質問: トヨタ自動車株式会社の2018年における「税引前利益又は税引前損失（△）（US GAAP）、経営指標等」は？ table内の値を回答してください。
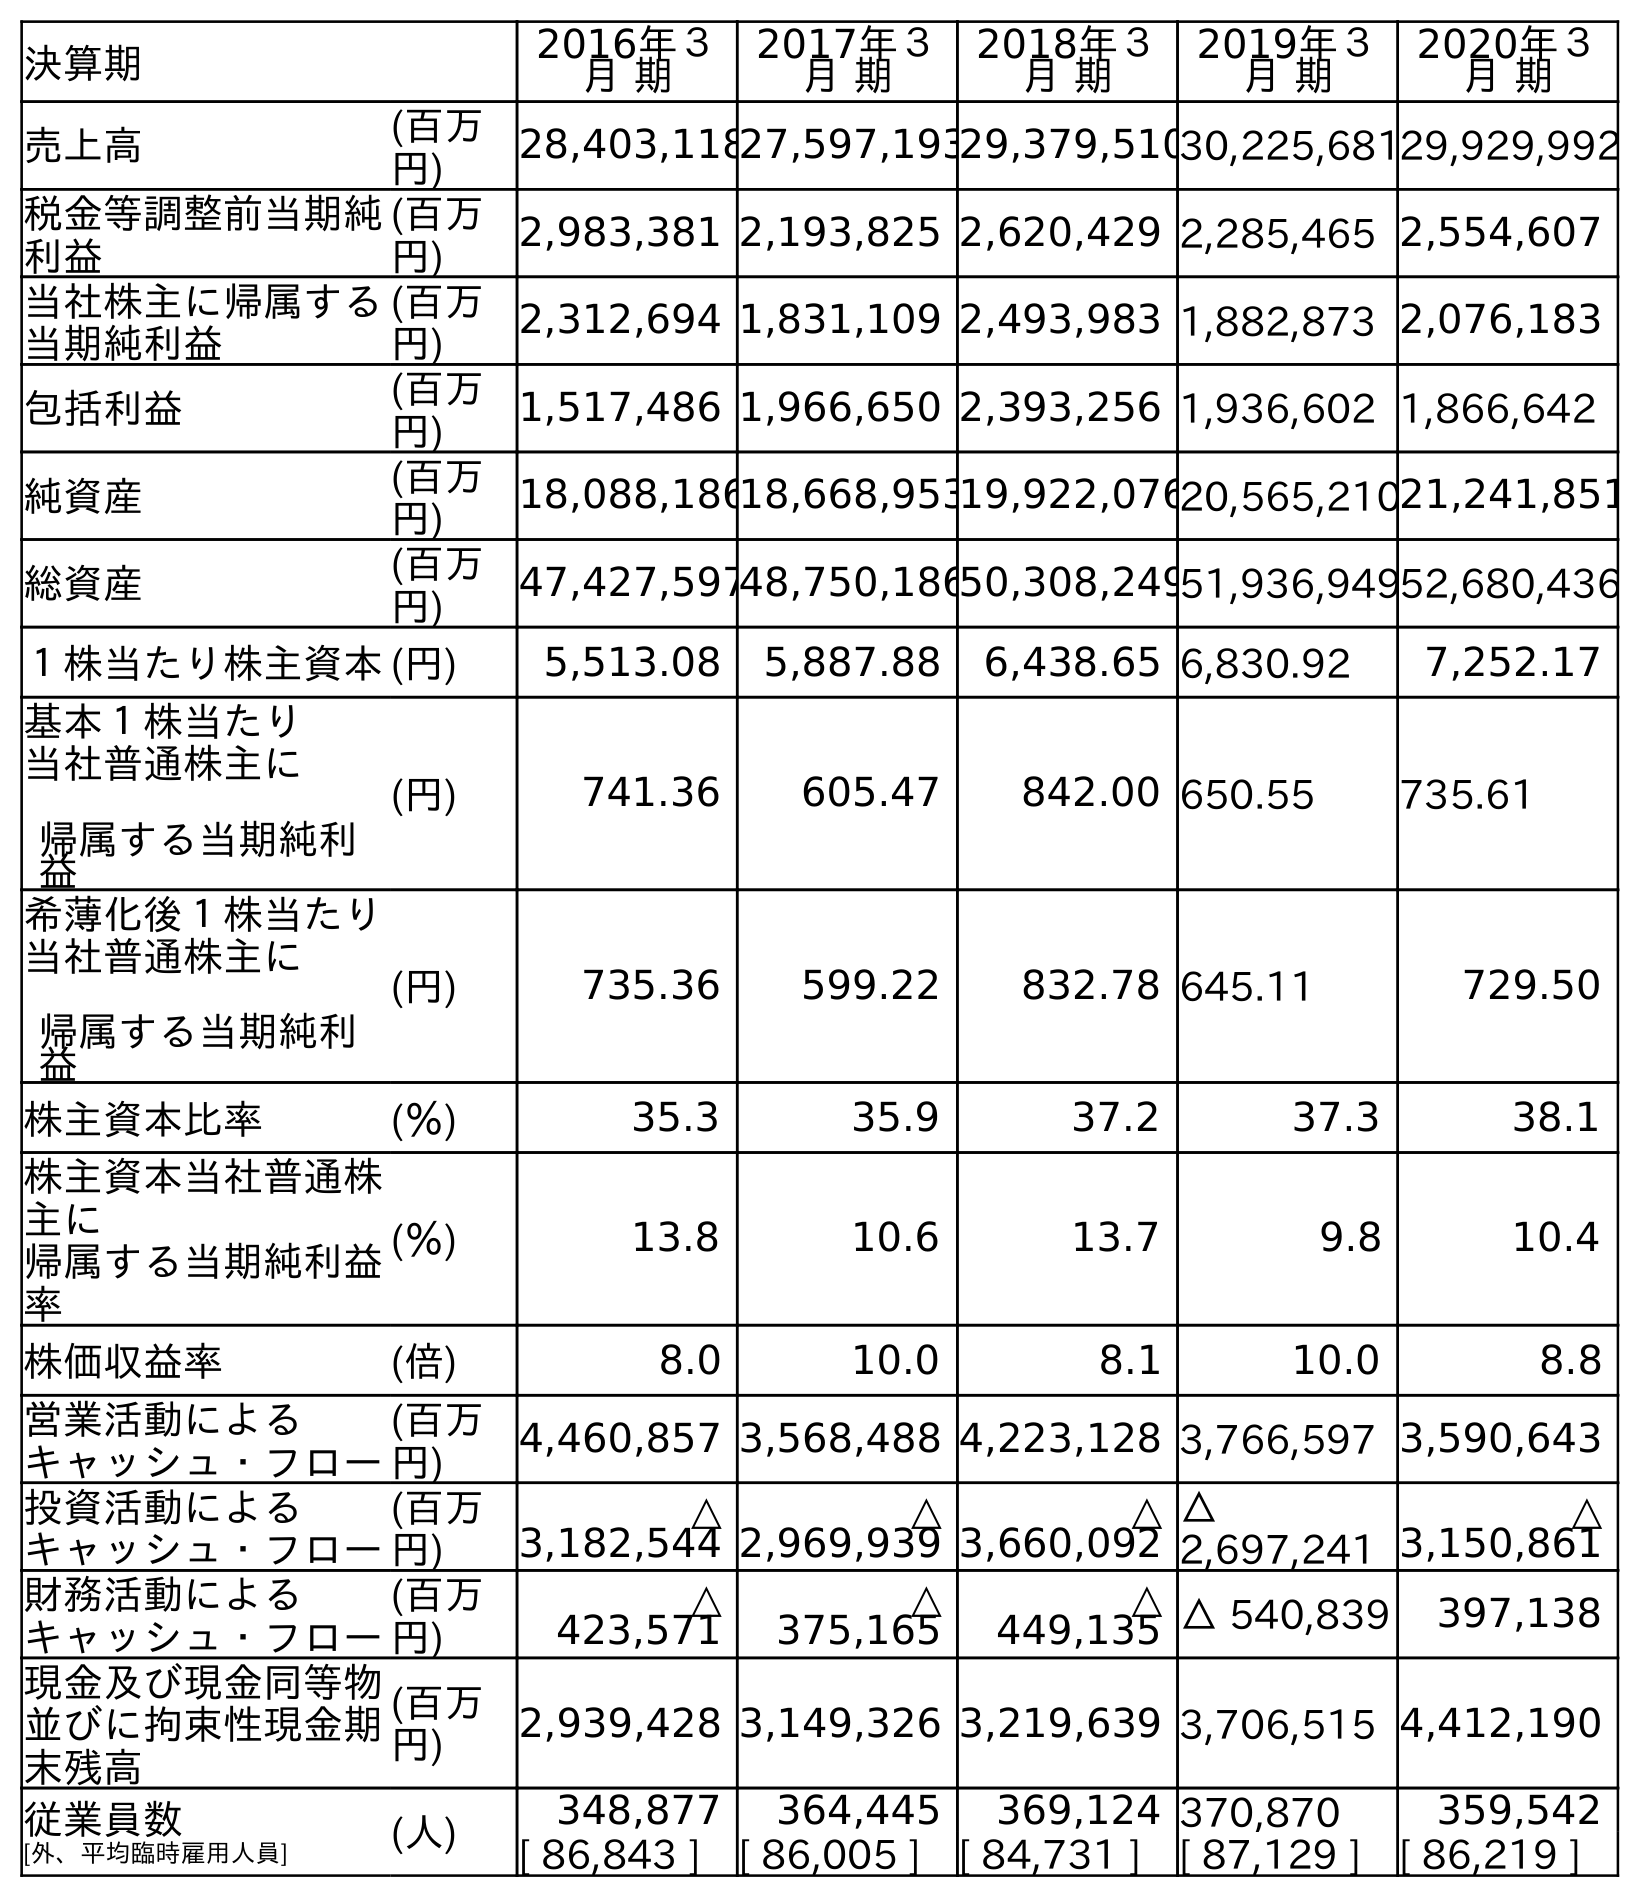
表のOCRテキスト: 決算期 2016年３ 月 期 2017年３ 月 期 2018年３ 月 期 2019年３ 月 期 2020年３ 月 期 売上高 (百万 円) 28,403,11827,597,19329,379,51030,225,68129,929,992 税金等調整前当期純 利益 (百万 円) 2,983,381 2,193,825 2,620,429 2,285,465 2,554,607 当社株主に帰属する 当期純利益 (百万 円) 2,312,694 1,831,109 2,493,983 1,882,873 2,076,183 包括利益 (百万 円) 1,517,486 1,966,650 2,393,256 1,936,602 1,866,642 純資産 (百万 円) 18,088,18618,668,95319,922,07620,565,21021,241,851 総資産 (百万 円) 47,427,59748,750,18650,308,24951,936,94952,680,436 １株当たり株主資本(円) 5,513.08 5,887.88 6,438.65 6,830.92 7,252.17 基本１株当たり 当社普通株主に 帰属する当期純利 益 (円) 741.36 605.47 842.00 650.55 735.61 希薄化後１株当たり 当社普通株主に 帰属する当期純利 益 (円) 735.36 599.22 832.78 645.11 729.50 株主資本比率 (％) 35.3 35.9 37.2 37.3 38.1 株主資本当社普通株 主に 帰属する当期純利益 率 (％) 13.8 10.6 13.7 9.8 10.4 株価収益率 (倍) 8.0 10.0 8.1 10.0 8.8 営業活動による キャッシュ・フロー (百万 円) 4,460,857 3,568,488 4,223,128 3,766,597 3,590,643 投資活動による キャッシュ・フロー (百万 円) △ 3,182,544 △ 2,969,939 △ 3,660,092 △ 2,697,241 △ 3,150,861 財務活動による キャッシュ・フロー (百万 円) △ 423,571 △ 375,165 △ 449,135 △ 540,839 397,138 現金及び現金同等物 並びに拘束性現金期 末残高 (百万 円) 2,939,428 3,149,326 3,219,639 3,706,515 4,412,190 従業員数 [外、平均臨時雇用人員] (人) 348,877 364,445 369,124 370,870 359,542 [ 86,843 ] [ 86,005 ] [ 84,731 ] [ 87,129 ] [ 86,219 ]
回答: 2,620,429